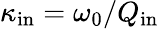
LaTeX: \kappa_{\mathrm{in}}=\omega_{0}/Q_{\mathrm{in}}